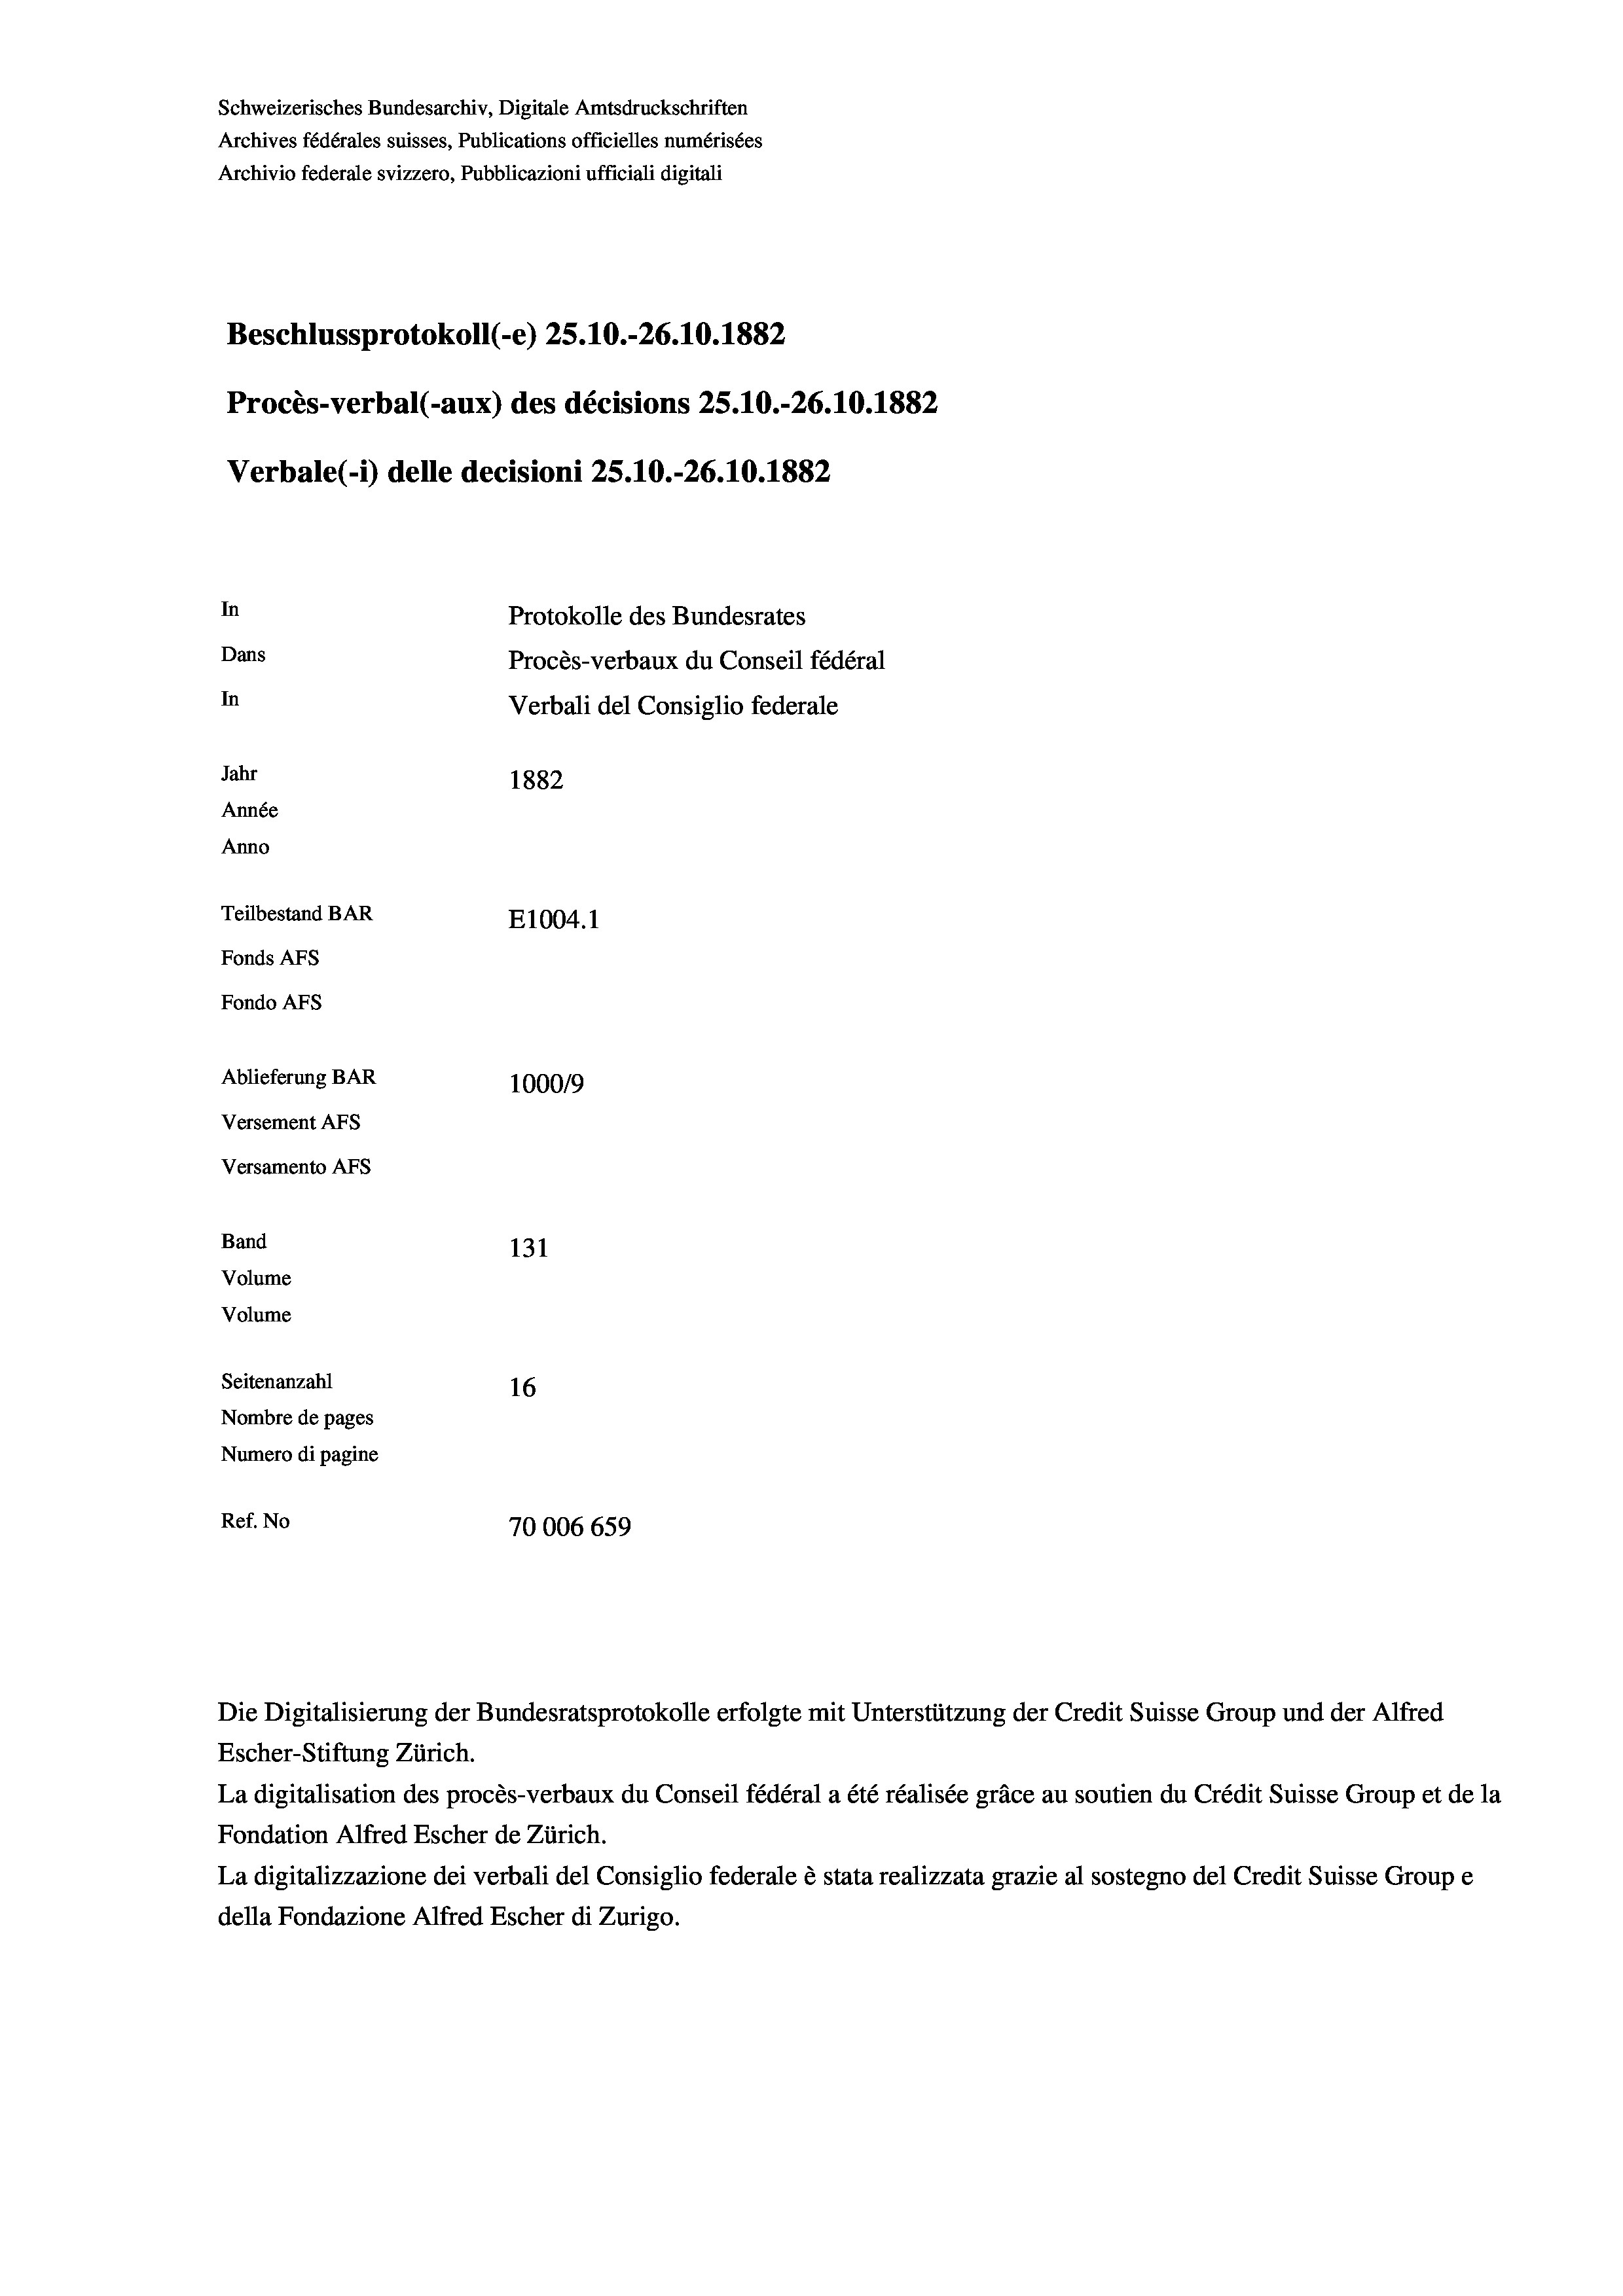
Schweizerisches Bundesarchiv, Digitale Amtsdruckschriften
Archives fédérales suisses, Publications officielles numérisées
Archivio federale svizzero, Pubblicazioni ufficiali digitali
Beschlussprotokoll (-e) 25.10.-26.10.1882
Procès-verbal (-aux) des décisions 25.10.-26.10.1882
Verbale(-*) delle decisioni 25.10.-26.10.1882
In
Protokolle des Bundesrates
Dans
Procès-verbaux du Conseil fédéral
In
Verbali del Consiglio federale
Jahr
1882
Année
Anno
Teilbestand BAR
E1004. 1
Fonds AFs
Fondo AFs
Ablieferung BAR
100019
Versement AFs
Versamento Afs
Band
131
Volume
Volume
Seitenanzahl
16
Nombre de pages
Numero di pagine
Ref. No
70006 659

Die Digitalisierung der Bundesratsprotokolle erfolgte mit Unterstützung der Credit Suisse Group und der Alfred
Escher-Stiftung Zürich.
La digitalisation des procès-verbaux du Conseil fédéral a été réalisée gräce au soutien du Crédit Suisse Group et de la
Fondation Alfred Escher de Zürich.
La digitalizzazione dei verbali del Consiglio federale è stata realizzata grazie al sostegno del Credit Suisse Groupe
della Fondazione Alfred Escher di Zurigo.